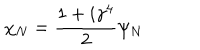
\chi _ { N } = \frac { 1 + i \gamma ^ { 4 } } { 2 } \psi _ { N }